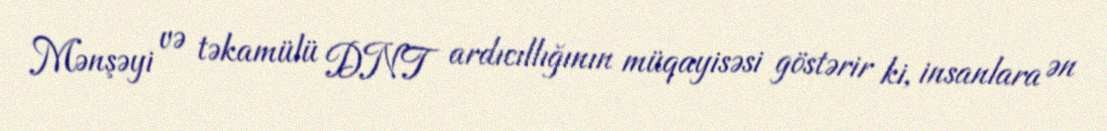
Mənşəyi və təkamülü DNT ardıcıllığının müqayisəsi göstərir ki, insanlara ən